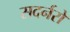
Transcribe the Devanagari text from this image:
सदर्नरों